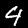
Label: 4